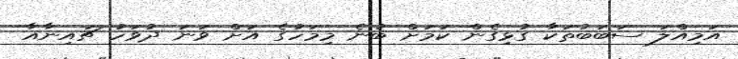
އަމިއްލަ ސަބަބުތަކާ ގުޅިގެން ކަމަށް ބުނެ މިމަހުގެ އަށް ވަނަ ދުވަހު ޗައިނާއާ